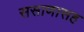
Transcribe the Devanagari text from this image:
ससाणासह